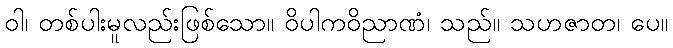
ဝါ၊ တစ်ပါးမူလည်းဖြစ်သော။ ဝိပါကဝိညာဏံ၊ သည်။ သဟဇာတ၊ ပေ။